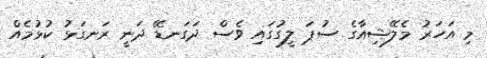
މި އަހަރު މެލޭޝިއާގެ ސުޕަ ލީގުގައި ވެސް ދަގަނޑޭ ދަނީ ރަނގަޅު ކުޅުމެއް